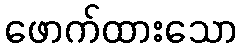
ဖောက်ထားသော